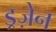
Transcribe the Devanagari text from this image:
ड्रज़ेन